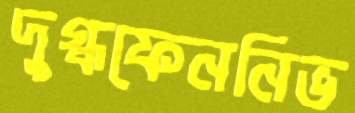
দুগ্ধফেননিভ